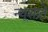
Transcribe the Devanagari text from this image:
न्यूशाते